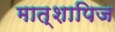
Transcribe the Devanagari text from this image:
मात्शापिज